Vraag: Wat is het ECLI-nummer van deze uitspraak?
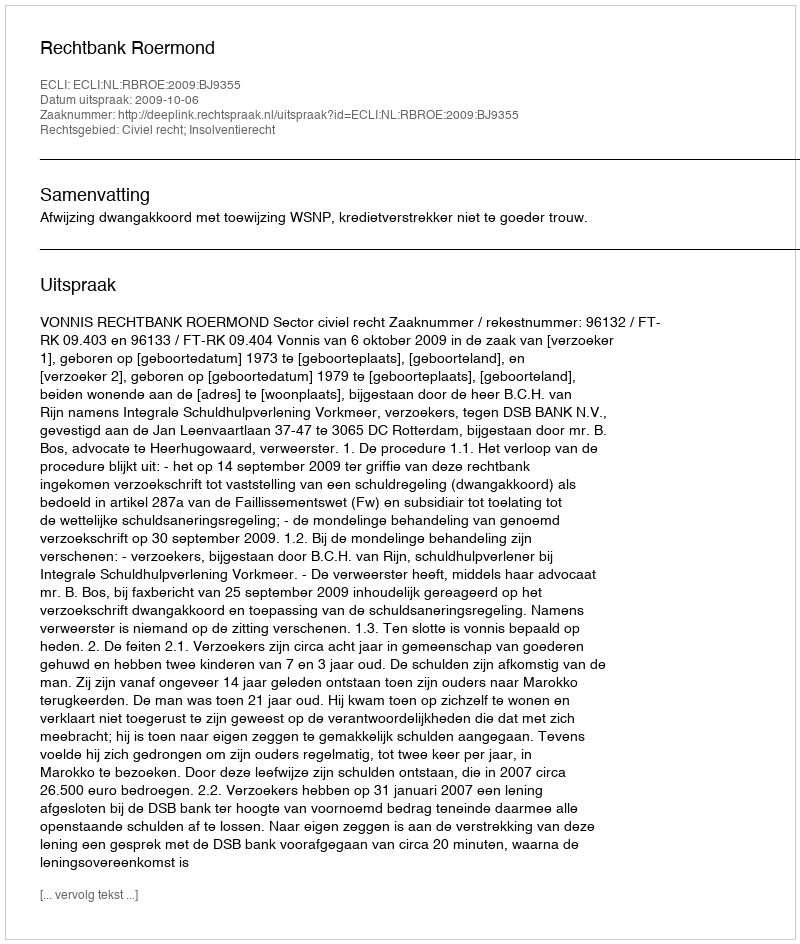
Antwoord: ECLI:NL:RBROE:2009:BJ9355